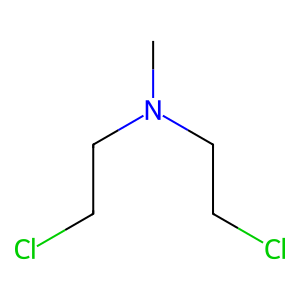
SMILES: CN(CCCl)CCCl
Inhibits HIV replication: No